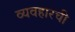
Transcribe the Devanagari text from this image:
व्यवहारची